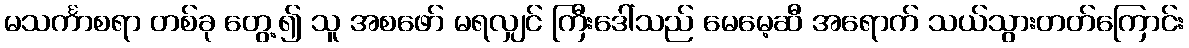
မသင်္ကာစရာ တစ်ခု တွေ့၍ သူ အစဖော် မရလျှင် ကြီးဒေါ်သည် မေမေ့ဆီ အရောက် သယ်သွားတတ်ကြောင်း